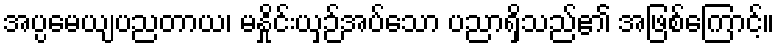
အပ္ပမေယျပညတာယ၊ မနှိုင်းယှဉ်အပ်သော ပညာရှိသည်၏ အဖြစ်ကြောင့်။